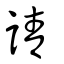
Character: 請